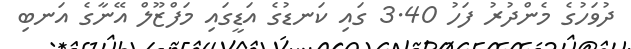
ދުވަހުގެ މެންދުރު ފަހު 3.40 ގައި ކަނޑުގެ އަޑީގައި މަފްޒޫލް އޭނާގެ އަނބި